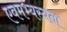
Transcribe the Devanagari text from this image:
एवमभ्यस्यता